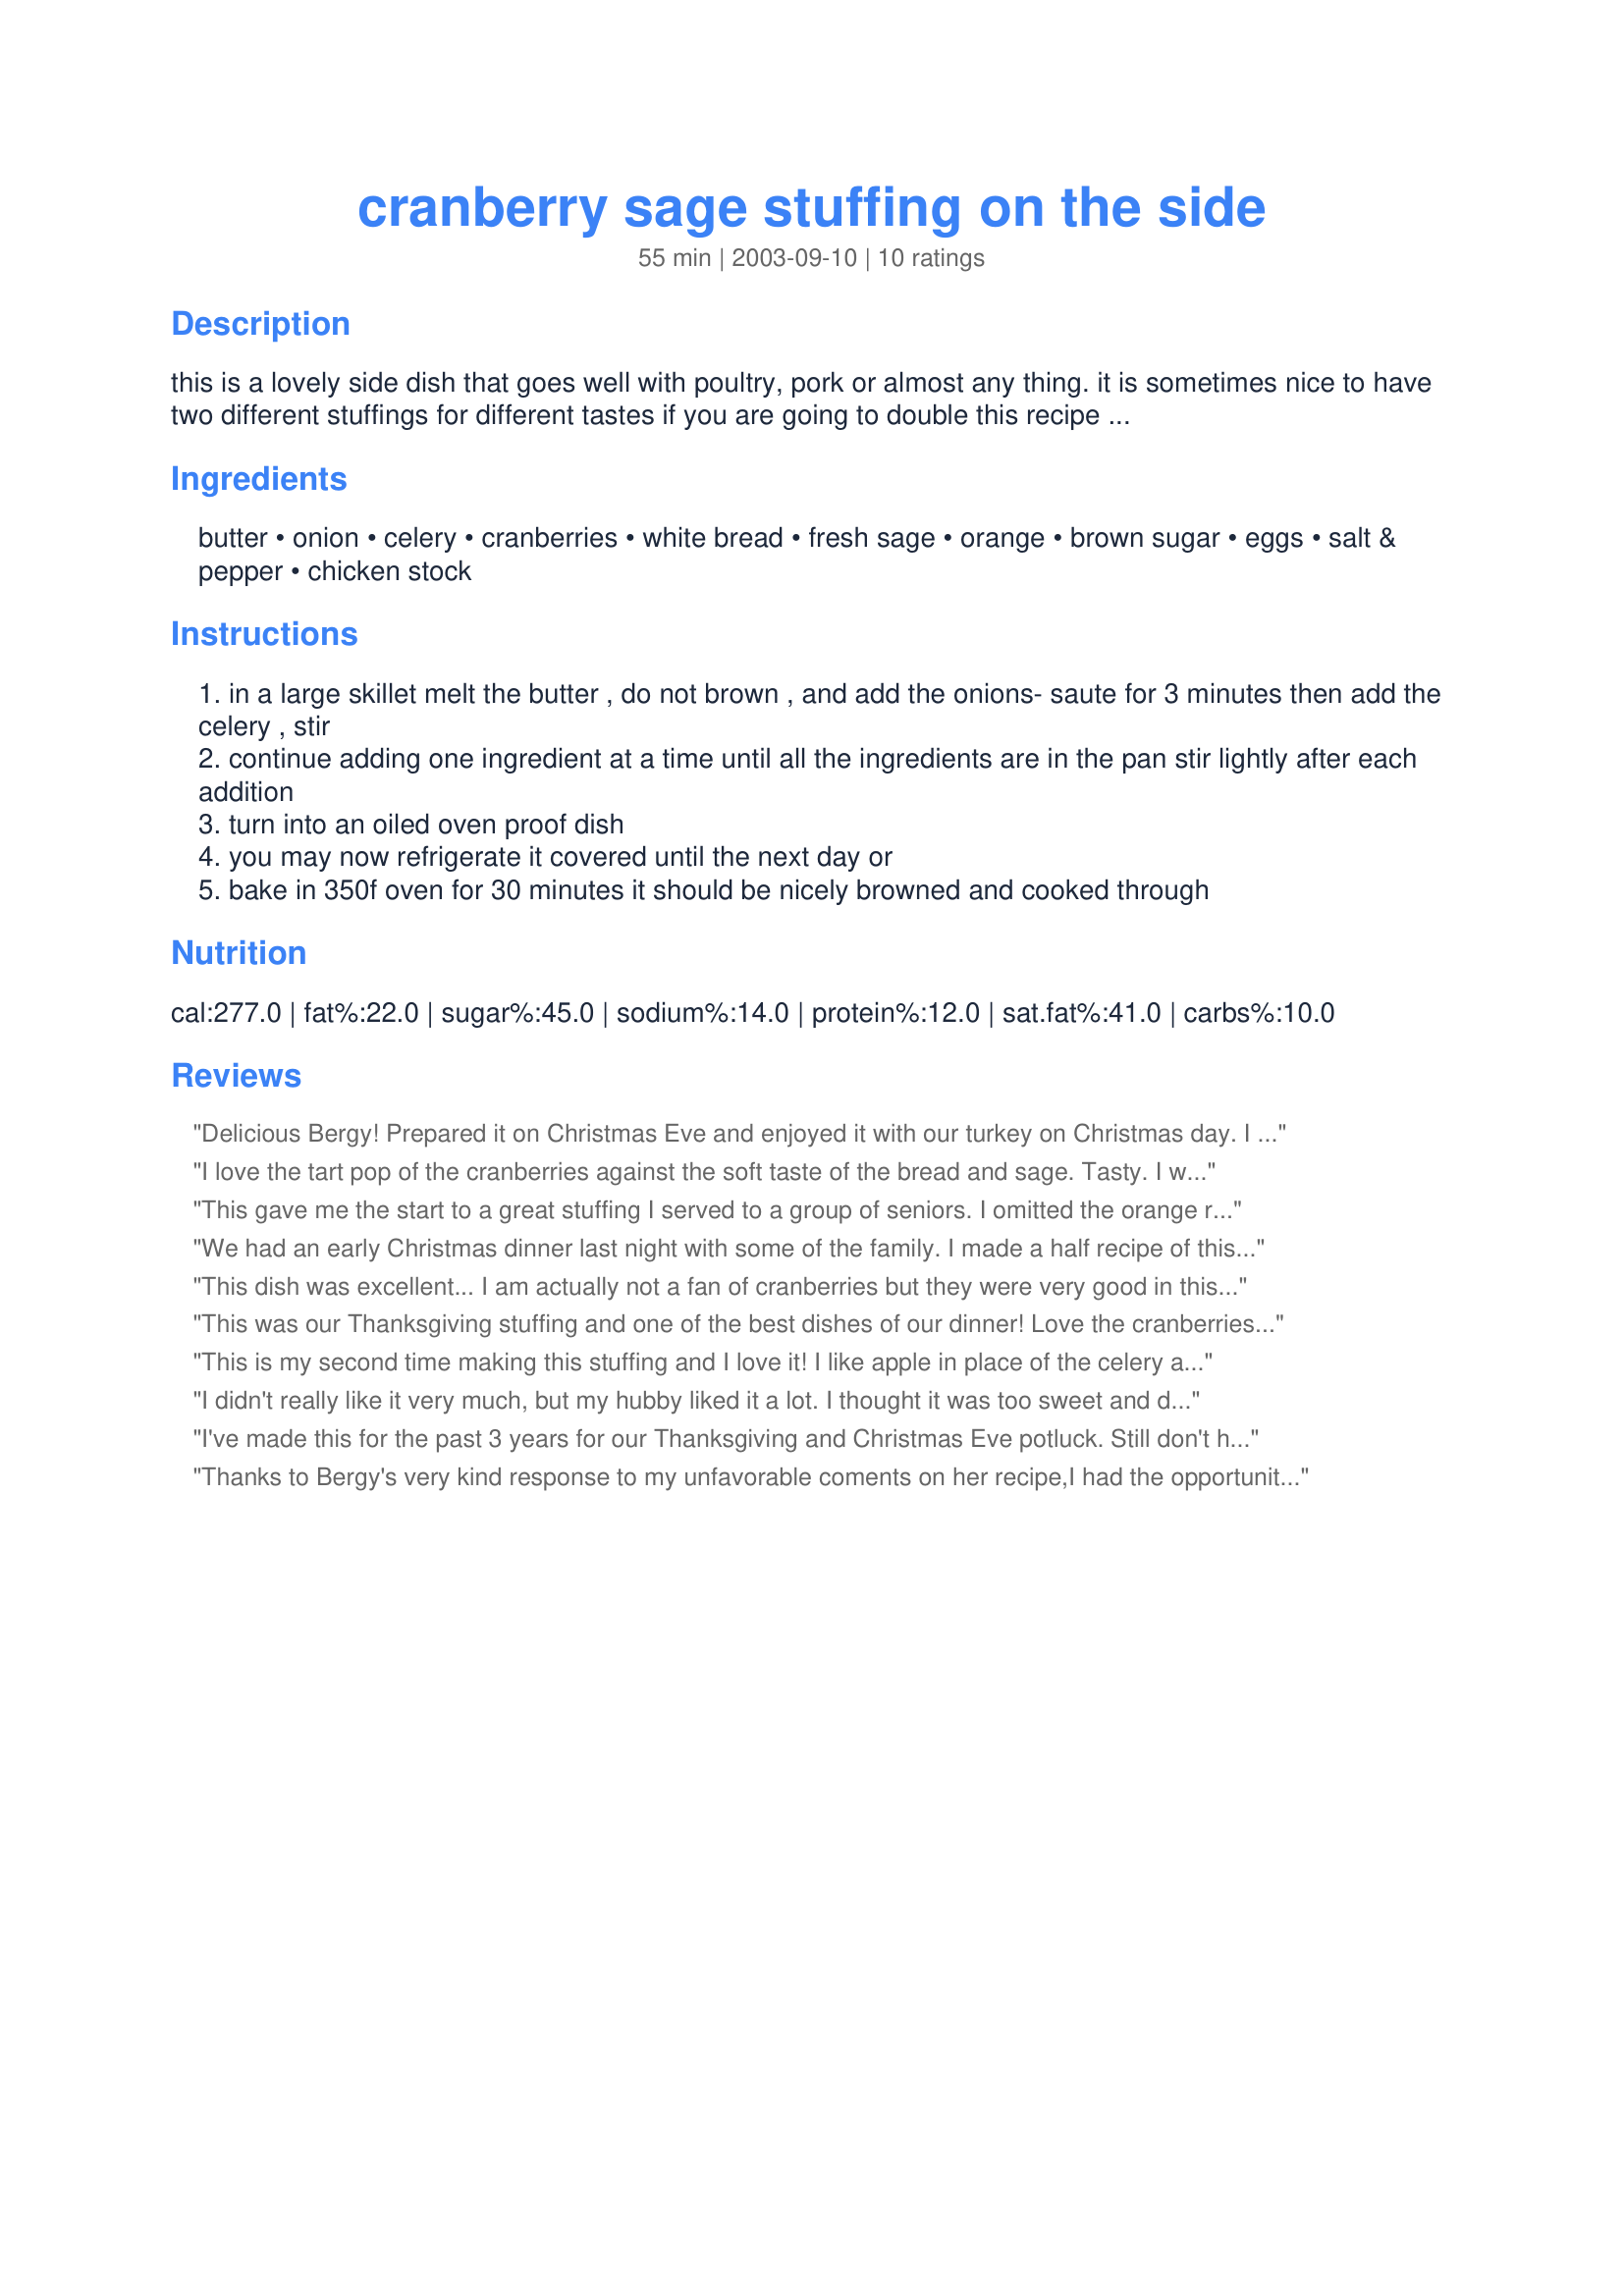
cranberry sage stuffing on the side
Preparation time: 55 minutes

this is a lovely side dish that goes well with poultry, pork or almost any thing. it is sometimes nice to have two different stuffings for different tastes if you are going to double this recipe do not double the sage or it will overpower just add a little bit more than the original recipe

Ingredients:
butter, onion, celery, cranberries, white bread, fresh sage, orange, brown sugar, eggs, salt & pepper, chicken stock

Steps:
in a large skillet melt the butter , do not brown , and add the onions- saute for 3 minutes then add the celery , stir
continue adding one ingredient at a time until all the ingredients are in the pan stir lightly after each addition
turn into an oiled oven proof dish
you may now refrigerate it covered until the next day or
bake in 350f oven for 30 minutes it should be nicely browned and cooked through

Reviews:
Delicious Bergy! Prepared it on Christmas Eve and enjoyed it with our turkey on Christmas day.
I used craisins, dried sage and brown sugar. Looked great on our buffet table too, thanks Bergy for another winner.
I love the tart pop of the cranberries against the soft taste of the bread and sage. Tasty. I will definitely do variations.....apples, nuts, more spices. This will become a standard base.
This gave me the start to a great stuffing I served to a group of seniors. I omitted the orange rind, sugar and eggs. I used an equal amount of poultry seasoning as sage (dried). The fragrance as it was in the oven was awesome. I added more chicken broth as it was warming in the oven to get it to the moistness I wanted. It was easy to make lots (we were serving 40). For 40 two cups of dried cranberries was lots so I can't imagine using the two cups dried in one batch. I covered it with foil in the oven. I have always stuffed my turkey but will probably serve this at Christmas as my family loves stuffing. Thanks Bergy for pointing me in the right direction.
We had an early Christmas dinner last night with some of the family. I made a half recipe of this delicious stuffing and filled our very small turkey. It was easy to make, colourful to look at, and delicious to eat. I'm still interested in trying it cooked seperately in the oven, but it worked fantastically the other way.Thanks Bergy for yet another wonderful recipe we'll be making again
This dish was excellent... I am actually not a fan of cranberries but they were very good in this dish
This was our Thanksgiving stuffing and one of the best dishes of our dinner! Love the cranberries in the stuffing, I've never had that before.
This is my second time making this stuffing and I love it! I like apple in place of the celery and this time had to use lemon zest instead of orange because that's all I have, but it smells delicious once again. Thank you for posting :)
I didn't really like it very much, but my hubby liked it a lot. I thought it was too sweet and didn't have enough sage. Then again, I love sage! I think I'll try it again another time and put more sage, less sugar!
I've made this for the past 3 years for our Thanksgiving and Christmas Eve potluck. Still don't have any leftovers! This year, we had to bump it up and quadruple the recipe. I've used fresh, frozen and dried cranberries at different times and it is awesome. I do add some carrots, half as many carrots as celery and it adds a sweetness along with color. Love this one.
Thanks to Bergy's very kind response to my unfavorable coments on her recipe,I had the opportunity to learn what had gone wrong with my preparing it,,She told me that in trippling a recipe some hebs should be cut back or they can be overpowering,I had never put that into concideration and most asuredly was the problem in my preparing this recipe,,Id also suggest you cut back on the onions as well in this recipe if your going to double or tripple it,
 Im sure if I had concidered cutting back on the sage and onions in trippling this recipe it most probably would have came out beautifully,,so Thank you Bergy for responding to my reveiw and gving me the opportunity to learn what I had done wrong and sugesting what I can do to fix the problem,so the unfavorable coments I gave with this recipe was not the fault of the chef but in my not concidering that some herbs need cutting back when trippling a recipe,thats what I love about Zaar,learning new ideas and getting the chance to try new recipes 
 Happy Holidays and Happy cooking to all!!!
 Thanks again Bergy!!!
 Debbie
